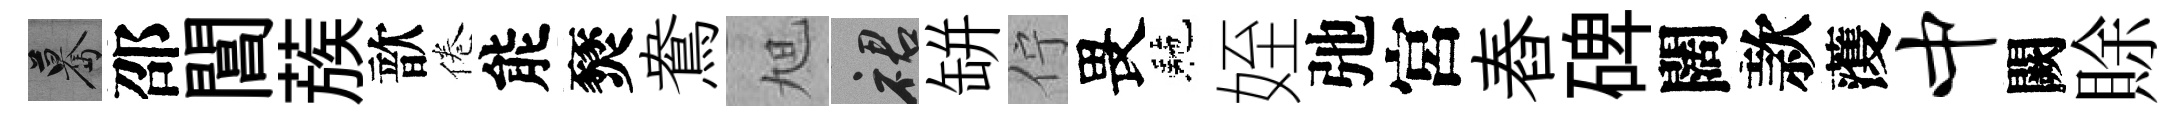
驀邵閶蔟歆倦能燹鴦旭裙缾佇畏駰姪弛宮舂碑闊款𮑮中闕賖